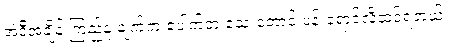
အဲ့ဒီအချိန် ကြည်နူးချက်က ပေါက်တဲ့ သေးတောင် ပန်းရောင်လို့ထင်ရတယ်။